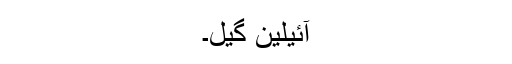
آئیلین گیل۔